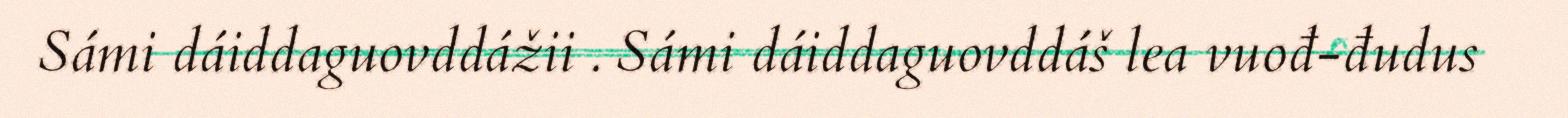
Sámi dáiddaguovddážii . Sámi dáiddaguovddáš lea vuođ-đudus